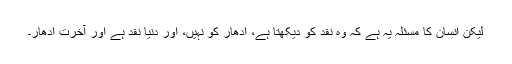
لیکن انسان کا مسئلہ یہ ہے کہ وہ نقد کو دیکھتا ہے، اُدھار کو نہیں، اور دنیا نقد ہے اور آخرت اُدھار۔